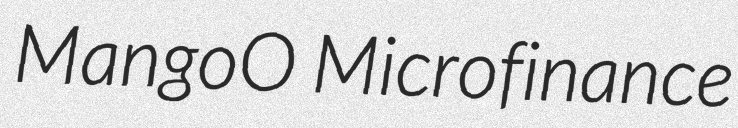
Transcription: MangoO Microfinance